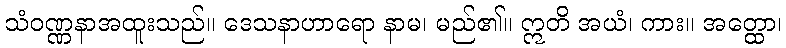
သံဝဏ္ဏနာအထူးသည်။ ဒေသနာဟာရော နာမ၊ မည်၏။ ဣတိ အယံ၊ ကား။ အတ္ထော၊